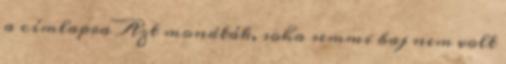
a címlapra Azt mondták, soha semmi baj nem volt